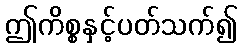
ဤကိစ္စနှင့်ပတ်သက်၍